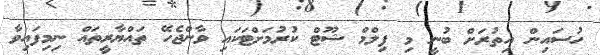
ހުސައިން އިތުރަށް ބުނީ މި ފިލްމް ޝޫޓް ކުރުމަށްޓަކައި ވާންޖެހޭ ތައްޔާރީތައް ނިމިފައިވާ